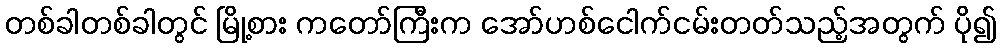
တစ်ခါတစ်ခါတွင် မြို့စား ကတော်ကြီးက အော်ဟစ်ငေါက်ငမ်းတတ်သည့်အတွက် ပို၍